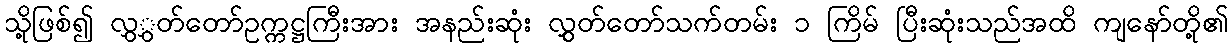
သို့ဖြစ်၍ လွှွှတ်တော်ဥက္ကဋ္ဌကြီးအား အနည်းဆုံး လွှွှတ်တော်သက်တမ်း ၁ ကြိမ် ပြီးဆုံးသည်အထိ ကျနော်တို့၏